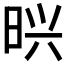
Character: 𭥽